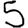
Digit: 5